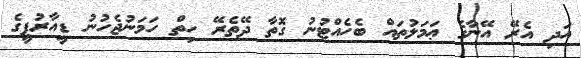
އަދި އެރޭ އޭނާގެ ޢަމަލުތައް ބެހެއްޓުނު ގޮތާ ދޭތެރޭ ހިތް ހަމަނުޖެހުނު ޑީއާރުޕީގެ